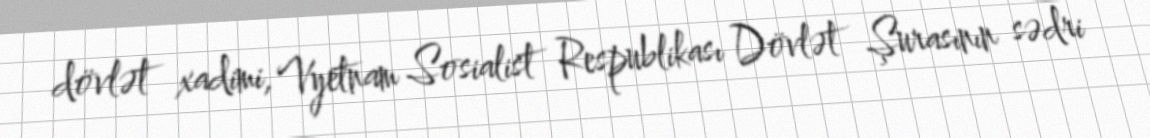
dövlət xadimi, Vyetnam Sosialist Respublikası Dövlət Şurasının sədri